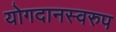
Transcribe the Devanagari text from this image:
योगदानस्वरुप